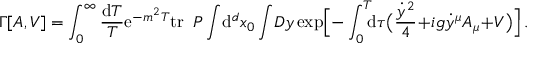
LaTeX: \Gamma [ A , V ] = \int _ { 0 } ^ { \infty } { \frac { \mathrm { d } T } { T } } \mathrm { e } ^ { - m ^ { 2 } T } \mathrm { t r } \; \; { \cal P } \int \! \mathrm { d } ^ { d } x _ { 0 } \int \! { \cal D } y \exp \Bigl [ - \int _ { 0 } ^ { T } \! \! \! \mathrm { d } \tau \bigl ( { \frac { \dot { y } ^ { 2 } } { 4 } } \! + \! i g \dot { y } ^ { \mu } A _ { \mu } \! + \! V \bigr ) \Bigr ] \, . \, \,